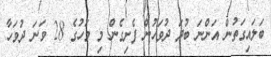
ބަލައިގަތުން އަންނަ ބުދަ ދުވަހުން ފެށިގެން މި މަހުގެ 28 ވަނަ ދުވަހާ